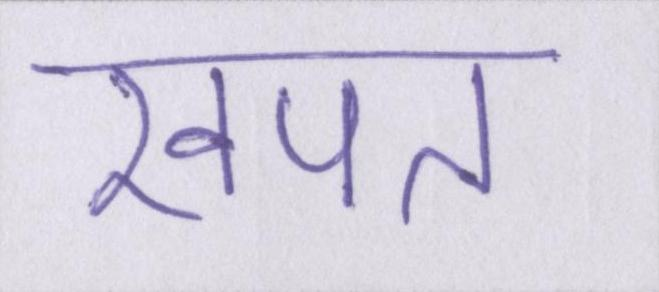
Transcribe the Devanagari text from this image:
खपत